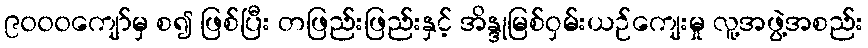
၉၀၀၀ကျော်မှ စ၍ ဖြစ်ပြီး တဖြည်းဖြည်းနှင့် အိန္ဒုမြစ်ဝှမ်းယဉ်ကျေးမှု လူ့အဖွဲ့အစည်း